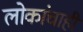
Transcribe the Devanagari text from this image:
लोकांचाही